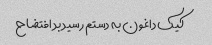
کیک داغون به دستم رسید بد افتضاح